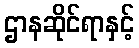
ဌာနဆိုင်ရာနှင့်